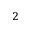
^ 2